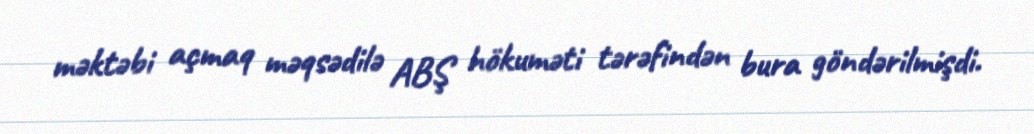
məktəbi açmaq məqsədilə ABŞ hökuməti tərəfindən bura göndərilmişdi.